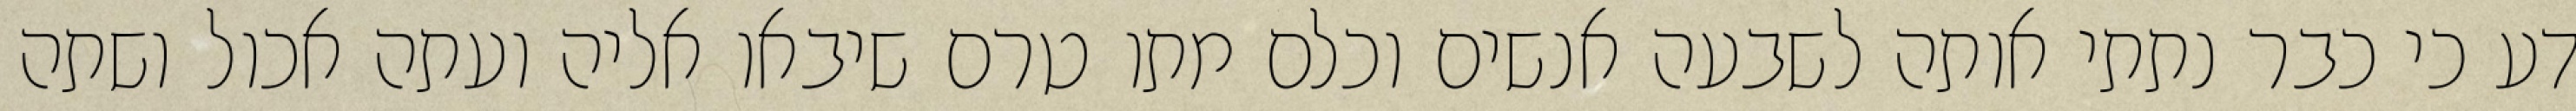
דע כי כבר נתתי אותה לשבעה אנשים וכלם מתו טרם שיבאו אליה ועתה אכול ושתה